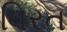
વિરત